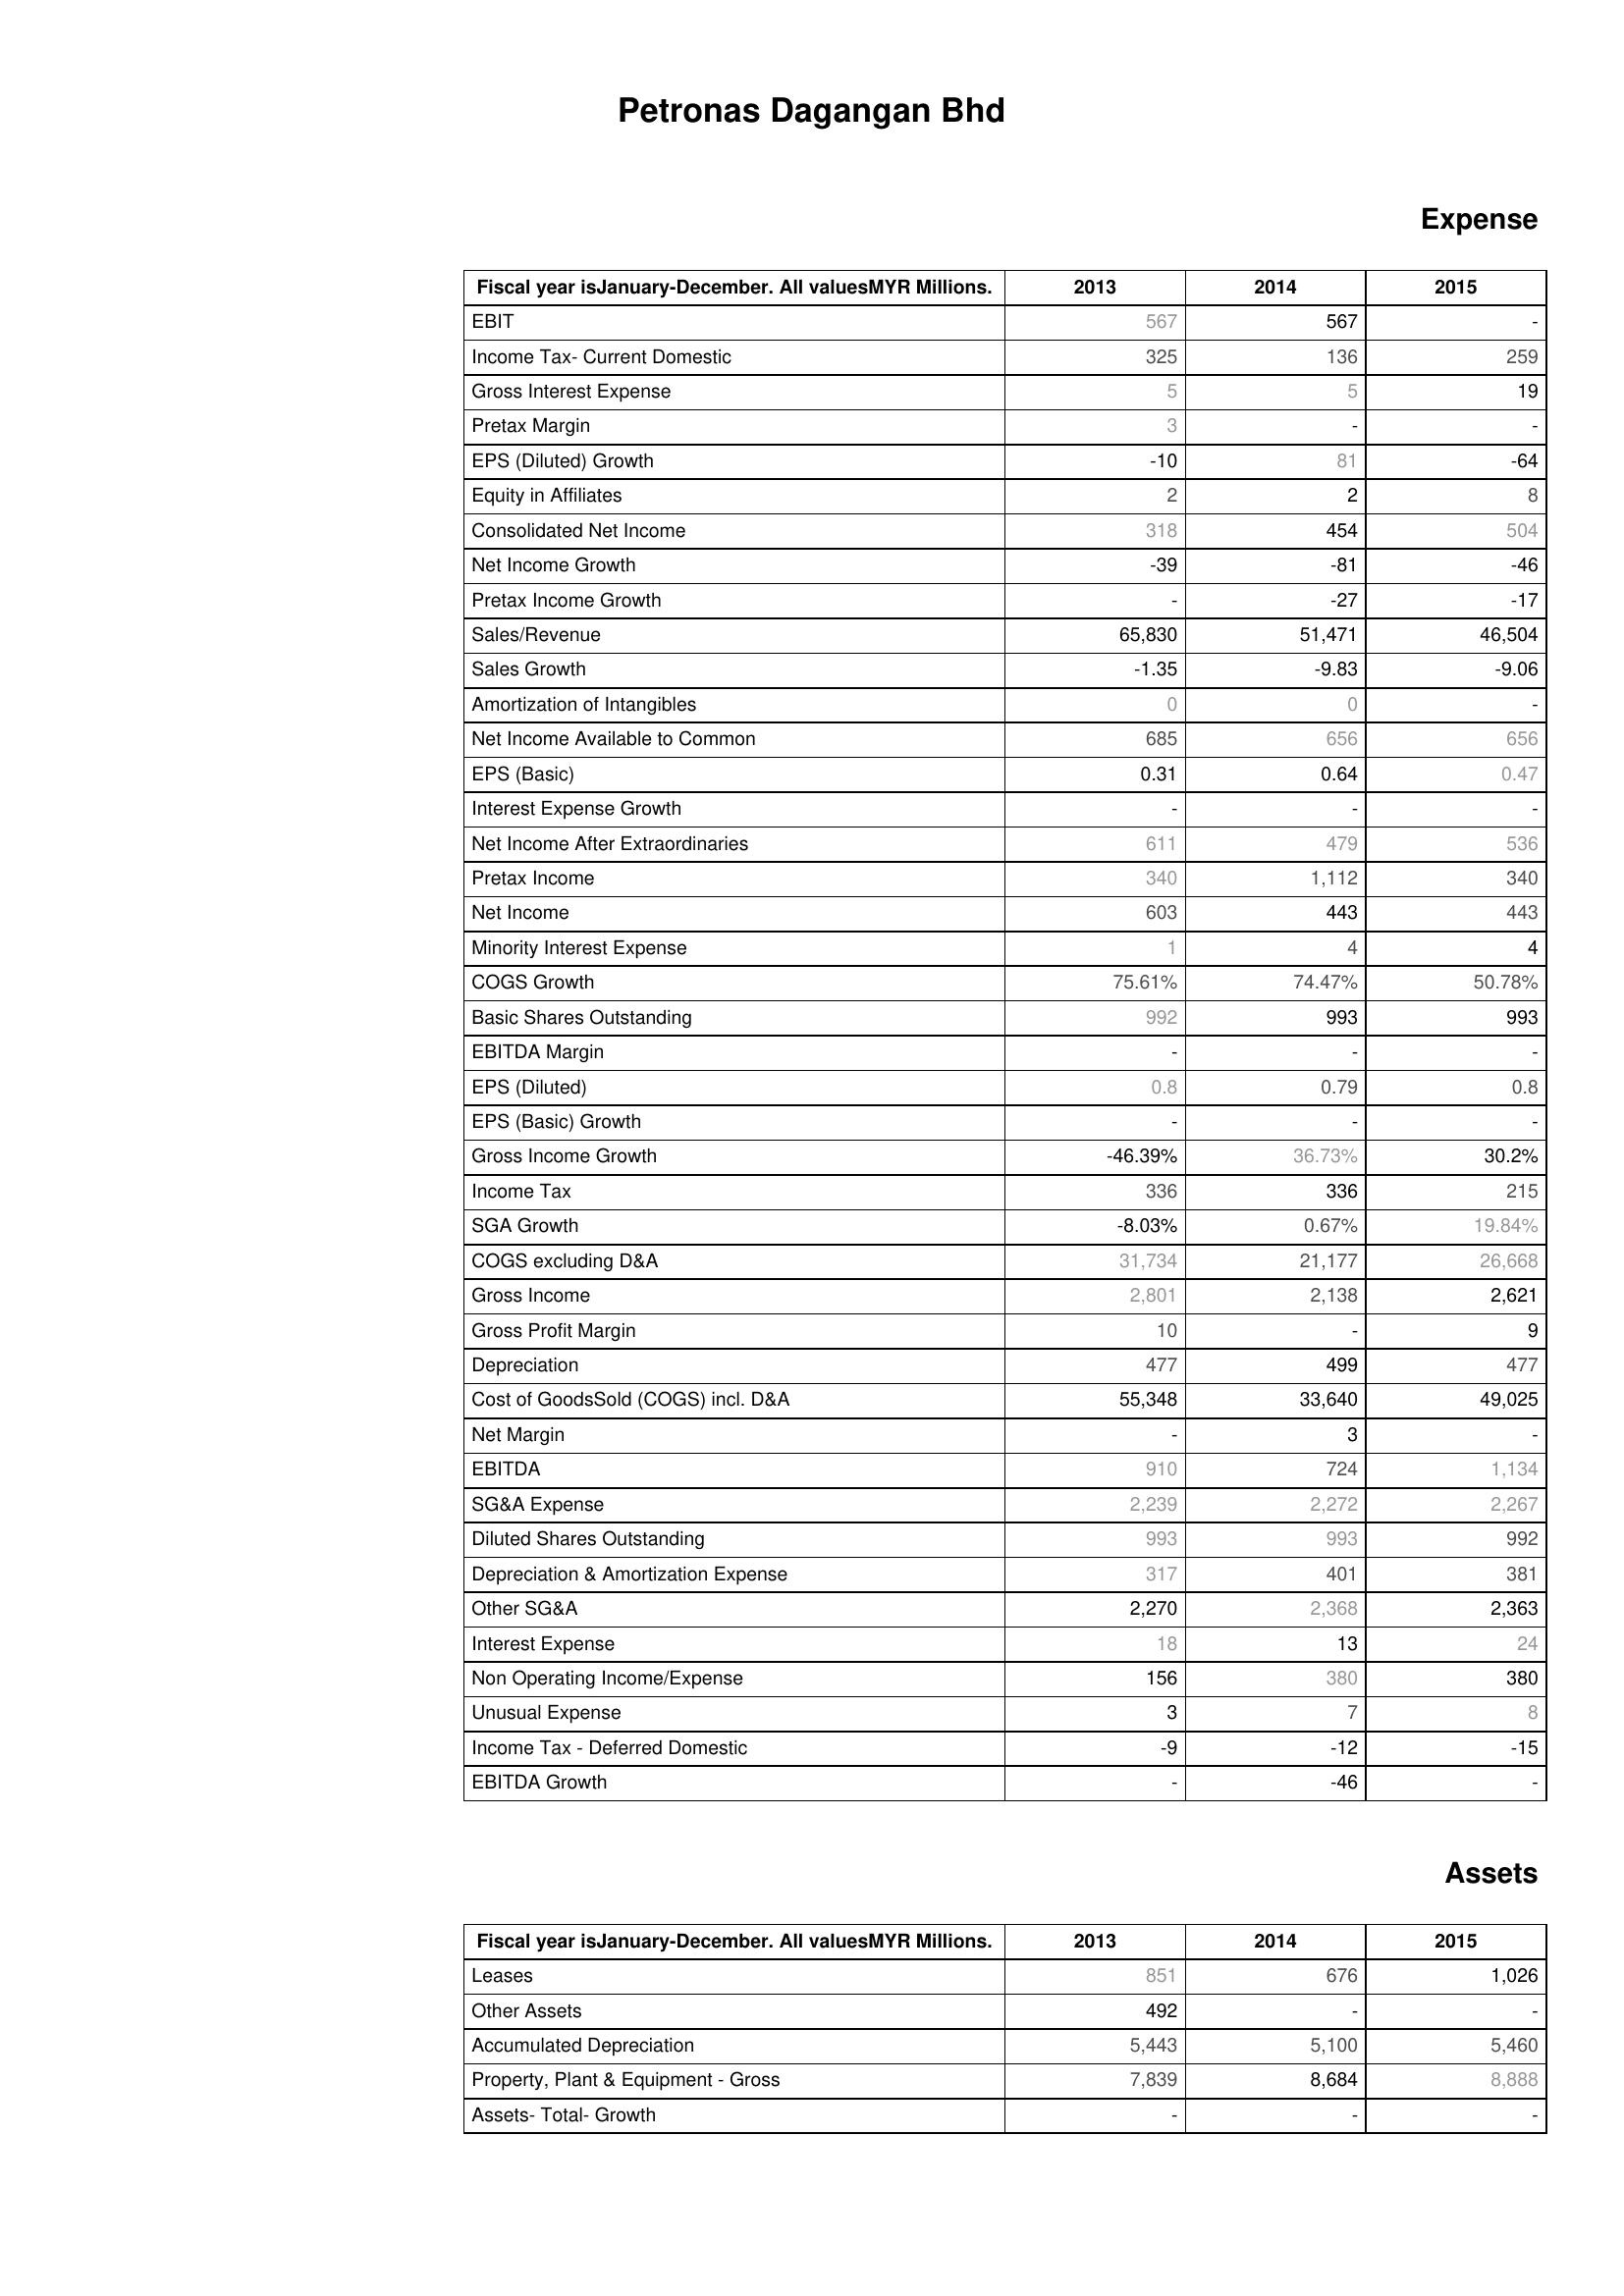
2013: Expense: EBIT: 567
Income Tax- Current Domestic: 325
Gross Interest Expense: 5
Pretax Margin: 3
EPS (Diluted) Growth: -10
Equity in Affiliates: 2
Consolidated Net Income: 318
Net Income Growth: -39
Pretax Income Growth: -
Sales/Revenue: 65,830
Sales Growth: -1.35
Amortization of Intangibles: 0
Net Income Available to Common: 685
EPS (Basic): 0.31
Interest Expense Growth: -
Net Income After Extraordinaries: 611
Pretax Income: 340
Net Income: 603
Minority Interest Expense: 1
COGS Growth: 75.61%
Basic Shares Outstanding: 992
EBITDA Margin: -
EPS (Diluted): 0.8
EPS (Basic) Growth: -
Gross Income Growth: -46.39%
Income Tax: 336
SGA Growth: -8.03%
COGS excluding D&A: 31,734
Gross Income: 2,801
Gross Profit Margin: 10
Depreciation: 477
Cost of GoodsSold (COGS) incl. D&A: 55,348
Net Margin: -
EBITDA: 910
SG&A Expense: 2,239
Diluted Shares Outstanding: 993
Depreciation & Amortization Expense: 317
Other SG&A: 2,270
Interest Expense: 18
Non Operating Income/Expense: 156
Unusual Expense: 3
Income Tax - Deferred Domestic: -9
EBITDA Growth: -
Assets: Leases: 851
Other Assets: 492
Accumulated Depreciation: 5,443
Property, Plant & Equipment - Gross : 7,839
Assets- Total- Growth: -
2014: Expense: EBIT: 567
Income Tax- Current Domestic: 136
Gross Interest Expense: 5
Pretax Margin: -
EPS (Diluted) Growth: 81
Equity in Affiliates: 2
Consolidated Net Income: 454
Net Income Growth: -81
Pretax Income Growth: -27
Sales/Revenue: 51,471
Sales Growth: -9.83
Amortization of Intangibles: 0
Net Income Available to Common: 656
EPS (Basic): 0.64
Interest Expense Growth: -
Net Income After Extraordinaries: 479
Pretax Income: 1,112
Net Income: 443
Minority Interest Expense: 4
COGS Growth: 74.47%
Basic Shares Outstanding: 993
EBITDA Margin: -
EPS (Diluted): 0.79
EPS (Basic) Growth: -
Gross Income Growth: 36.73%
Income Tax: 336
SGA Growth: 0.67%
COGS excluding D&A: 21,177
Gross Income: 2,138
Gross Profit Margin: -
Depreciation: 499
Cost of GoodsSold (COGS) incl. D&A: 33,640
Net Margin: 3
EBITDA: 724
SG&A Expense: 2,272
Diluted Shares Outstanding: 993
Depreciation & Amortization Expense: 401
Other SG&A: 2,368
Interest Expense: 13
Non Operating Income/Expense: 380
Unusual Expense: 7
Income Tax - Deferred Domestic: -12
EBITDA Growth: -46
Assets: Leases: 676
Other Assets: -
Accumulated Depreciation: 5,100
Property, Plant & Equipment - Gross : 8,684
Assets- Total- Growth: -
2015: Expense: EBIT: -
Income Tax- Current Domestic: 259
Gross Interest Expense: 19
Pretax Margin: -
EPS (Diluted) Growth: -64
Equity in Affiliates: 8
Consolidated Net Income: 504
Net Income Growth: -46
Pretax Income Growth: -17
Sales/Revenue: 46,504
Sales Growth: -9.06
Amortization of Intangibles: -
Net Income Available to Common: 656
EPS (Basic): 0.47
Interest Expense Growth: -
Net Income After Extraordinaries: 536
Pretax Income: 340
Net Income: 443
Minority Interest Expense: 4
COGS Growth: 50.78%
Basic Shares Outstanding: 993
EBITDA Margin: -
EPS (Diluted): 0.8
EPS (Basic) Growth: -
Gross Income Growth: 30.2%
Income Tax: 215
SGA Growth: 19.84%
COGS excluding D&A: 26,668
Gross Income: 2,621
Gross Profit Margin: 9
Depreciation: 477
Cost of GoodsSold (COGS) incl. D&A: 49,025
Net Margin: -
EBITDA: 1,134
SG&A Expense: 2,267
Diluted Shares Outstanding: 992
Depreciation & Amortization Expense: 381
Other SG&A: 2,363
Interest Expense: 24
Non Operating Income/Expense: 380
Unusual Expense: 8
Income Tax - Deferred Domestic: -15
EBITDA Growth: -
Assets: Leases: 1,026
Other Assets: -
Accumulated Depreciation: 5,460
Property, Plant & Equipment - Gross : 8,888
Assets- Total- Growth: -